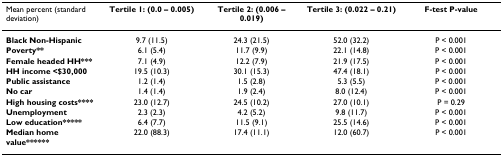
| Mean percent (standard deviation) | Tertile 1: (0.0 – 0.005) | Tertile 2: (0.006 – 0.019) | Tertile 3: (0.022 – 0.21) | F-test P-value |
 | --- | --- | --- | --- | --- |
 | Black Non-Hispanic | 9.7 (11.5) | 24.3 (21.5) | 52.0 (32.2) | P < 0.001 |
 | Poverty** | 6.1 (5.4) | 11.7 (9.9) | 22.1 (14.8) | P < 0.001 |
 | Female headed HH*** | 7.1 (4.9) | 12.2 (7.9) | 21.9 (17.5) | P < 0.001 |
 | HH income <$30,000 | 19.5 (10.3) | 30.1 (15.3) | 47.4 (18.1) | P < 0.001 |
 | Public assistance | 1.2 (1.4) | 1.5 (2.8) | 5.3 (5.5) | P < 0.001 |
 | No car | 1.4 (1.4) | 1.9 (2.4) | 8.0 (12.4) | P < 0.001 |
 | High housing costs**** | 23.0 (12.7) | 24.5 (10.2) | 27.0 (10.1) | P = 0.29 |
 | Unemployment | 2.3 (2.3) | 4.2 (5.2) | 9.8 (11.7) | P < 0.001 |
 | Low education***** | 6.4 (7.7) | 11.5 (9.1) | 25.5 (14.6) | P < 0.001 |
 | Median home value****** | 22.0 (88.3) | 17.4 (11.1) | 12.0 (60.7) | P < 0.001 |